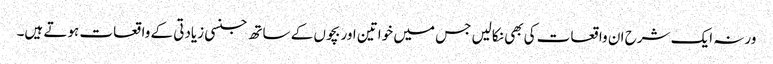
ورنہ ایک شرح ان واقعات کی بھی نکالیں جس میں خواتین اور بچوں کے ساتھ جنسی زیادتی کے واقعات ہوتے ہیں۔